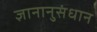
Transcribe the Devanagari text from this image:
ज्ञानानुसंधान